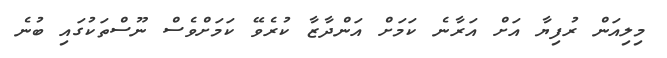
މިލިއަން ރުފިޔާ އަށް އަރާނެ ކަމަށް އަންދާޒާ ކުރެވޭ ކަމަށްވެސް ނޫސްތަކުގައި ބުނެ